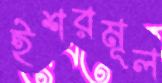
ইশরমূল